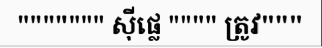
""""""" ស៊ីផ្លេ """" ត្រូវ"""